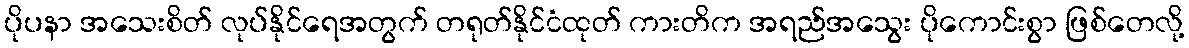
ပိုပနာ အသေးစိတ် လုပ်နိုင်ရေအတွက် တရုတ်နိုင်ငံထုတ် ကားတိက အရည်အသွေး ပိုကောင်းစွာ ဖြစ်တေလို့